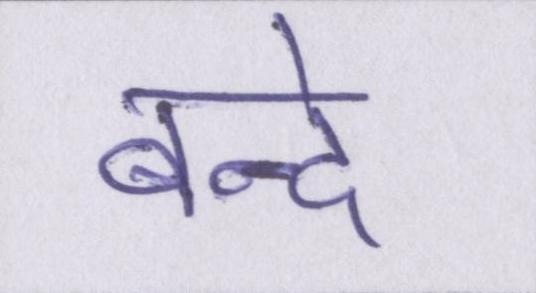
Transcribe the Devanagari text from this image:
बन्दे